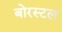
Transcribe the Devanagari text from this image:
बोरस्टल